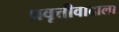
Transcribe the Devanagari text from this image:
प्रवृत्तीवादाला